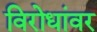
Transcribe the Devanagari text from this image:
विरोधांवर